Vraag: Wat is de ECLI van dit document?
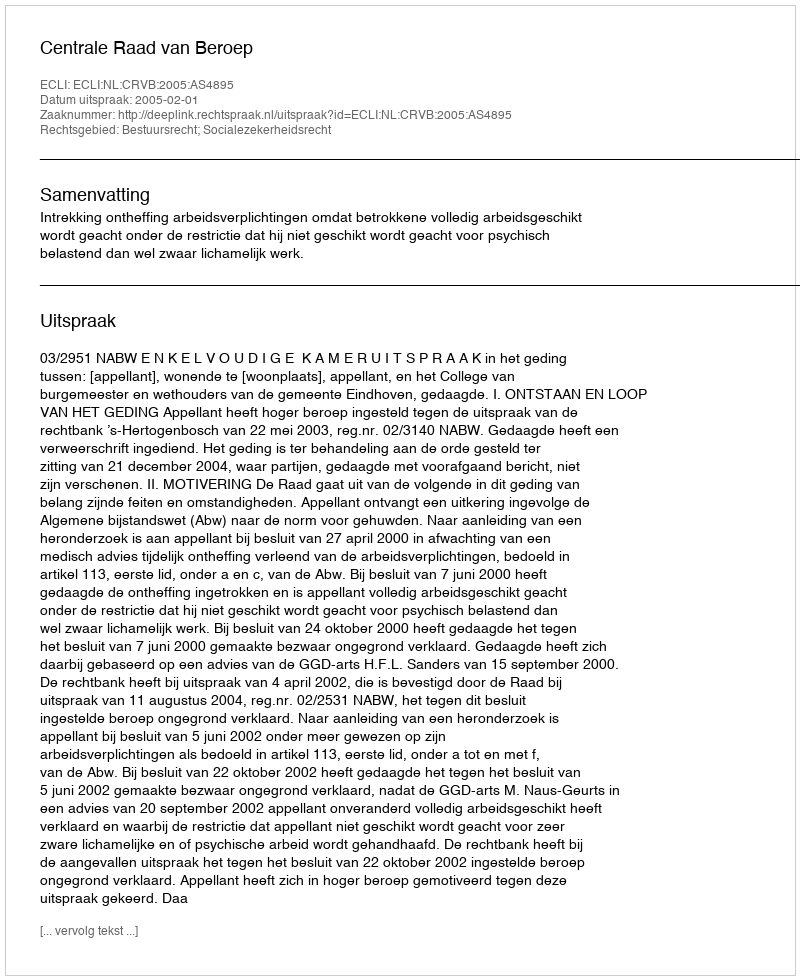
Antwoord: ECLI:NL:CRVB:2005:AS4895